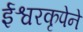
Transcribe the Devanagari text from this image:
ईश्वरकृपेने